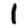
Digit: 1